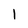
Character: 1